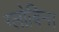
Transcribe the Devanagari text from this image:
ग्लोबिन।